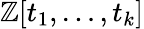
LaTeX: \mathbb{Z}[t_{1},\ldots,t_{k}]